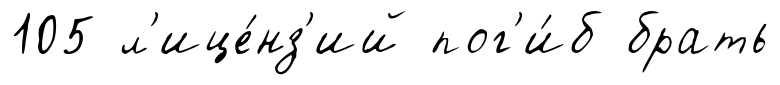
105 л'ице́нз'ий пог'и́б брать